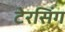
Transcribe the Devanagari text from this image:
टेरसिंग